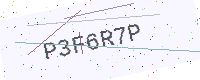
Text: P3F6R7P